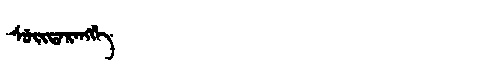
Manchu: ᠰᡠᡳᡨᠠᡵᠠᠩᡤᡝ
Romanization: SUITARANGGE